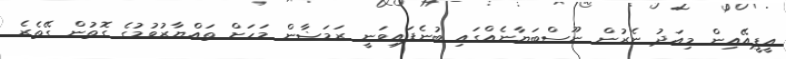
އީޕީއޭއިން މިއަދު ނެރުން ނޫސްބަޔާނެއްގައި ބުނެފައިވަނީ ރަމަޟާން މަހަށް ތައްޔާރުވުމުގެ ގޮތުން ގޭތެރެ